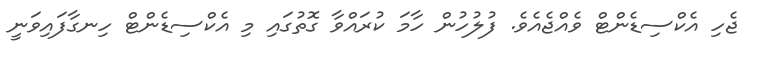
ޖެހި އެކްސިޑެންޓް ވެއްޖެއެވެ. ފުލުހުން ހާމަަ ކުރައްވާ ގޮތުގައި މި އެކްސިޑެންޓް ހިނގާފައިވަނީ